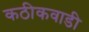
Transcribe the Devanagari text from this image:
कठीकवाडी